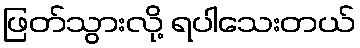
ဖြတ်သွားလို့ ရပါသေးတယ်